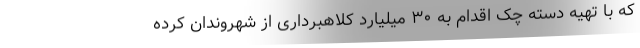
که با تهیه دسته چک اقدام به ۳۰ میلیارد کلاهبرداری از شهروندان کرده